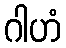
ဂါဟံ